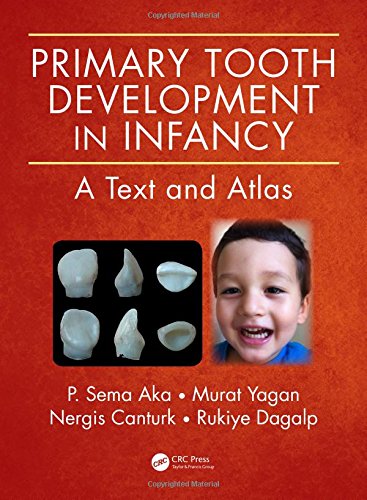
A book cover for Primary Tooth Development in Infancy: A Text and Atlas; P. Sema Aka; Medical Books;